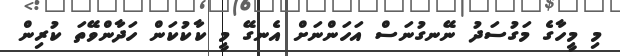
މި މީހާގެ މަގުސަދު ނޭނގުނަސް އަހަންނަށް އެނގޭ މީ ކާކުކަން ހަދާންވޭތަ ކުރިން